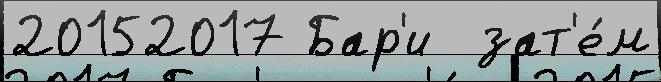
20152017 Бар'и  зат'е́м